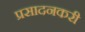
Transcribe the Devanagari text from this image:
प्रसादनकरी